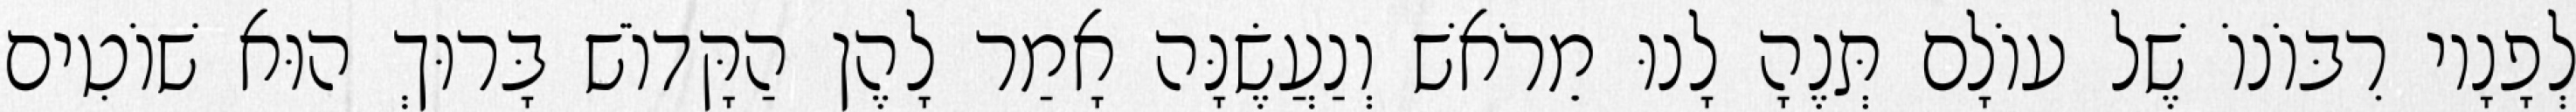
לְפָנָיו רִבּוֹנוֹ שֶׁל עוֹלָם תְּנֶהָ לָנוּ מֵרֹאשׁ וְנַעֲשֶׂנָּה אָמַר לָהֶן הַקָּדוֹשׁ בָּרוּךְ הוּא שׁוֹטִים